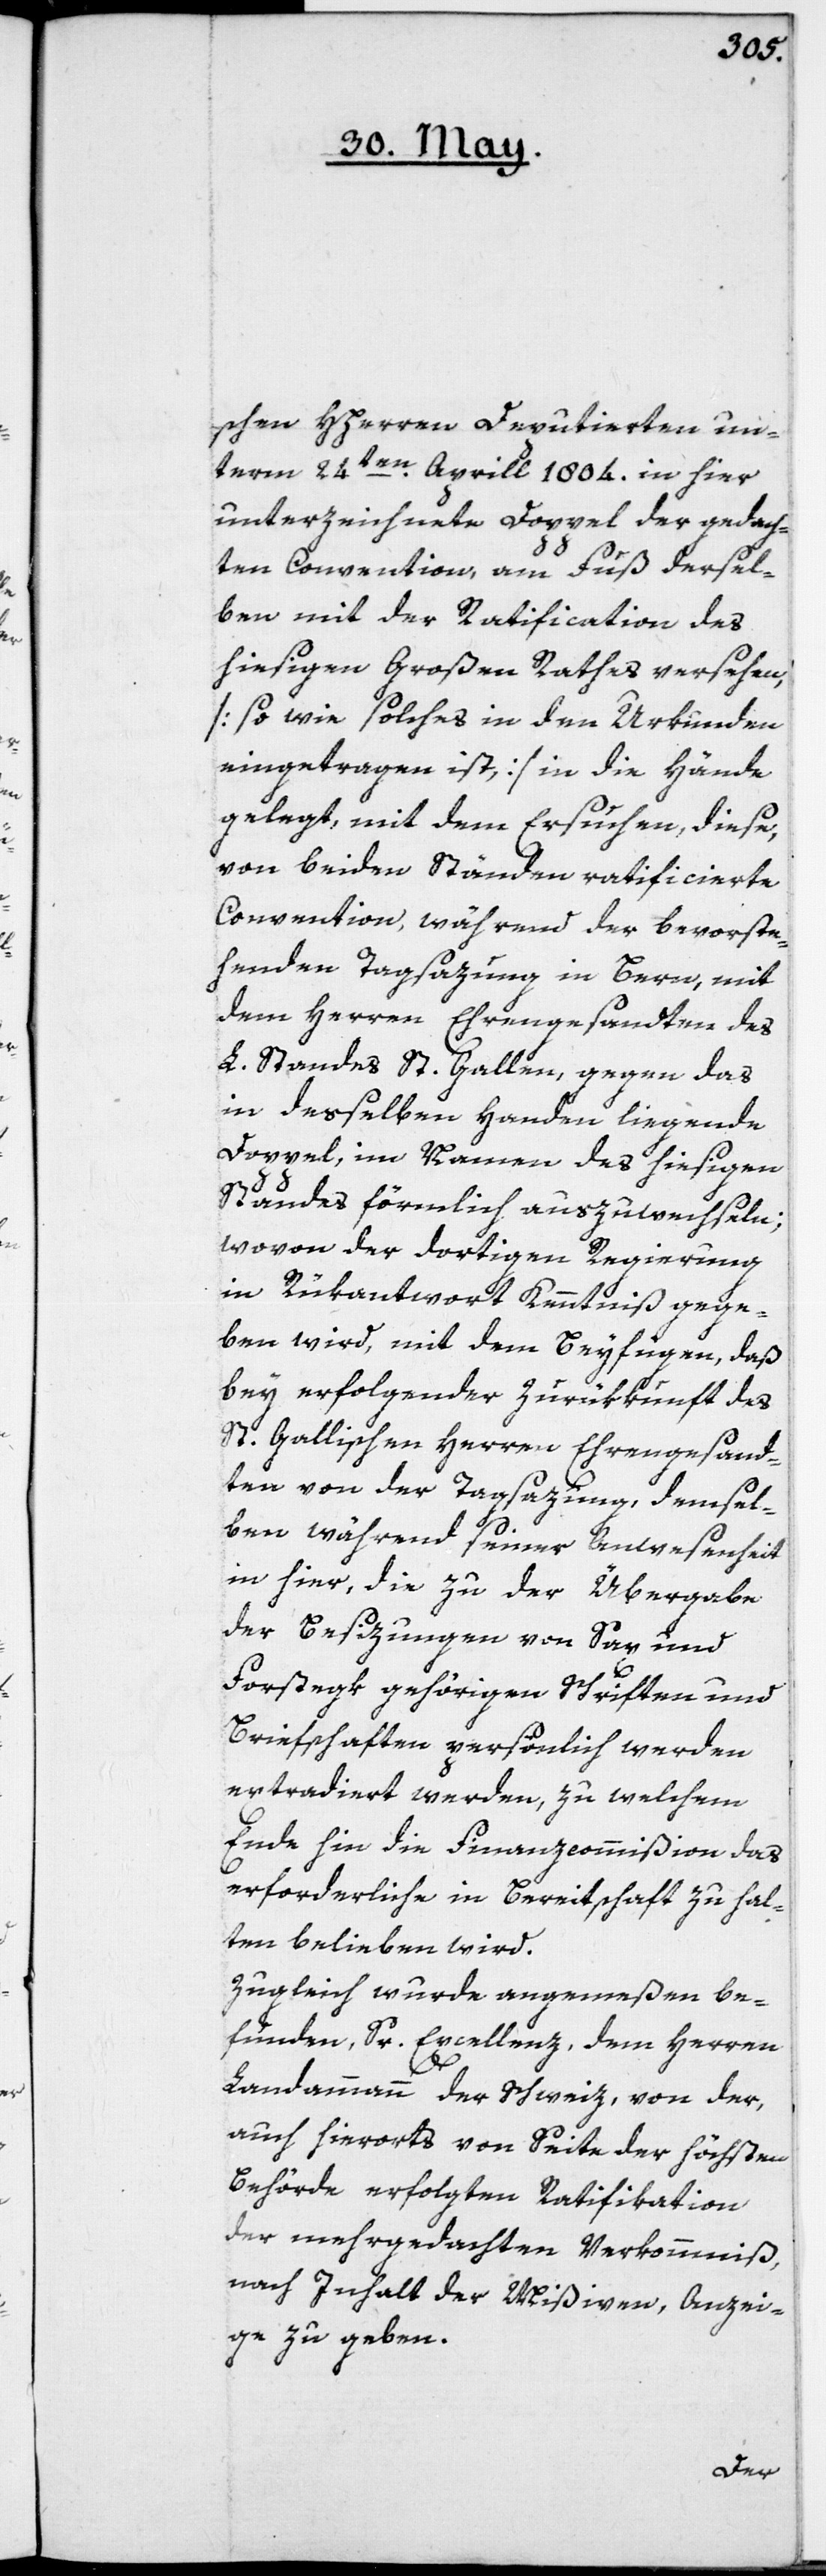
schen Hherren Deputierten un¬
term 24ten Aprill 1804. in hier
unterzeichnete Doppel der gedach¬
ten Convention, am Fuß dersel¬
ben mit der Ratification des
hiesigen Großen Rathes versehen
[so wie solches in den Urkunden
eingetragen ist], in die Hände
gelegt, mit dem Ersuchen, diese
von beiden Stränden ratificierte
Convention, während der bevorste¬
henden Tagsazung in Bern, mit
dem Herren Ehrengesandten des
L. Standes St. Gallen, gegen das
in desselben Handen liegende
Doppel, im Namen des hiesigen
Standes förmlich auszuwechseln;
wovon der dortigen Regierung
in Rükantwort Kenntniß gege¬
ben wird, mit dem Beyfügen, daß
bey erfolgender Zurükkunft des
St. Gallischen Herren Ehrengesand¬
ten von der Tagsazung, demsel¬
ben während seiner Anwesenheit
in hier, die zu der Übergabe
der Besizungen von Sax und
Forstegk gehörigen Schriften und
Briefschaften persönlich werden
extradiert werden, zu welchem
Ende hin die Finanzcommißion das
erforderliche in Bereitschaft zu hal¬
ten belieben wird.
Zugleich wurde angemeßen be¬
funden, Sr. Excellenz, dem Herren
Landammann der Schweiz, von der,
auch hierorts von Seite der höchsten
Behörde erfolgten Ratifikation
der mehrgedachten Verkommniß,
nach Inhalt der Mißiven, Anzei¬
ge zu geben.